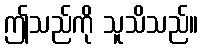
ဤသည်ကို သူသိသည်။